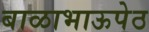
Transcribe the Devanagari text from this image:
बाळाभाऊपेठ